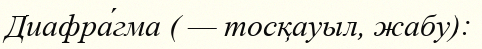
Диафра́гма ( — тосқауыл, жабу):